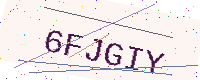
Text: 6FJGIY